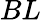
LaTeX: BL